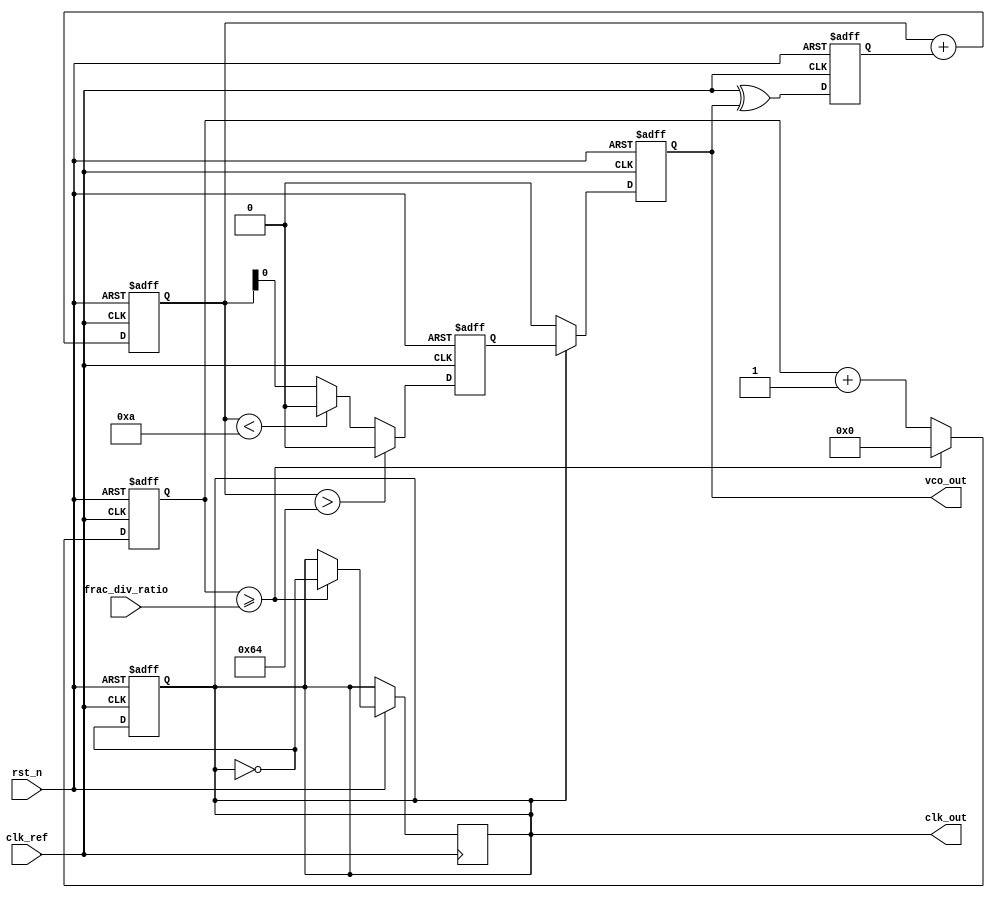
module fractional_PLL (
    input wire clk_ref,                   // Reference clock input
    input wire rst_n,                     // Active-low reset
    input wire [15:0] frac_div_ratio,     // Fractional division ratio input
    output reg clk_out,                   // Output clock signal
    output reg vco_out                    // VCO output signal
);

// Parameters
parameter integer VCO_MAX_FREQ = 100;   // Max frequency of VCO
parameter integer VCO_MIN_FREQ = 10;     // Min frequency of VCO
parameter integer LOOP_FILTER_ORDER = 2; // Order of the loop filter

// Internal signals
reg phase_error;                        // Phase error signal
reg [15:0] loop_filter_output;          // Loop filter output
reg vco_control;                        // Control voltage for VCO
reg [15:0] divider_counter;             // Counter for the divider
reg [15:0] memory_block[0:15];          // Memory block for fractional ratios
integer i;

initial begin
    // Initialize memory blocks with fractional division ratios
    for (i = 0; i < 16; i = i + 1) begin
        memory_block[i] = i;  // Sample initialization
    end
end

// Phase Detector
always @(posedge clk_ref or negedge rst_n) begin
    if (!rst_n) begin
        phase_error <= 0;
    end else begin
        // Simple phase detector logic (XOR based)
        phase_error <= clk_ref ^ vco_out;
    end
end

// Loop Filter (simple integrator)
always @(posedge clk_ref or negedge rst_n) begin
    if (!rst_n) begin
        loop_filter_output <= 0;
    end else begin
        // Simple first-order loop filter example
        loop_filter_output <= loop_filter_output + phase_error;
    end
end

// Voltage-Controlled Oscillator (VCO)
always @(posedge clk_ref or negedge rst_n) begin
    if (!rst_n) begin
        vco_control <= VCO_MIN_FREQ;
        clk_out <= 0;
        vco_out <= 0;
    end else begin
        // Adjust VCO frequency based on loop filter output
        vco_control <= (loop_filter_output > VCO_MAX_FREQ) ? VCO_MAX_FREQ :
                       (loop_filter_output < VCO_MIN_FREQ) ? VCO_MIN_FREQ :
                       loop_filter_output;

        // Generate VCO output (basic implementation)
        clk_out <= ~clk_out; 
        vco_out <= (clk_out) ? (vco_control) : 0; // Sample logic
    end
end

// Divider/Feedback Network
always @(posedge clk_ref or negedge rst_n) begin
    if (!rst_n) begin
        divider_counter <= 0;
    end else begin
        // Divide the VCO output based on fractional division
        if (divider_counter >= frac_div_ratio) begin
            divider_counter <= 0;
            clk_out <= ~clk_out; // Toggle output clock
        end else begin
            divider_counter <= divider_counter + 1;
        end
    end
end

endmodule